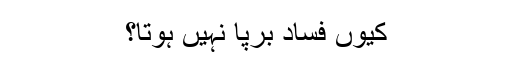
کیوں فساد برپا نہیں ہوتا؟